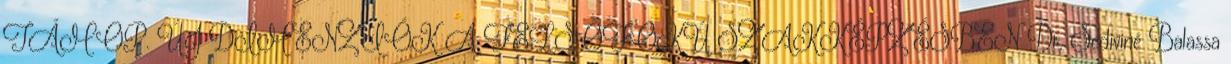
TÁMOP. ÚJ DIMENZIÓK A FELSŐFOKÚ SZAKKÉPZÉSBEN Dr. Sediviné Balassa